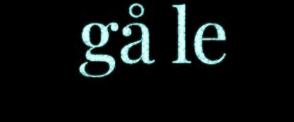
gå le